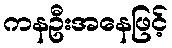
ကနဦးအနေဖြင့်